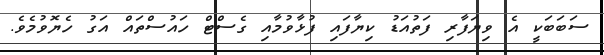
ސަބަބަކީ އެ ވިޔަފާރި ފަތުއަޑު ކިޔާފައި ފުޅާވުމާއި ގެސްޓް ހައުސްތައް އަގު ހެޔޮވުމެވެ.